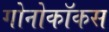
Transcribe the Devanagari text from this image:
गोनोकॉकस